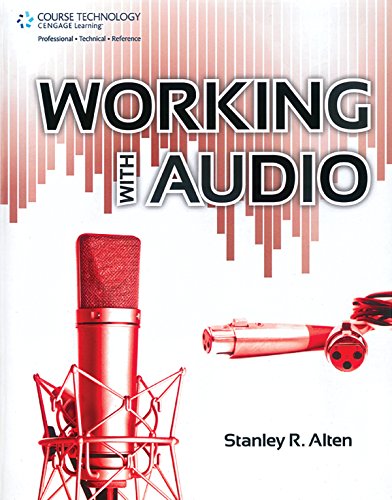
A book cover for Working with Audio; Stanley R. Alten; Computers & Technology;